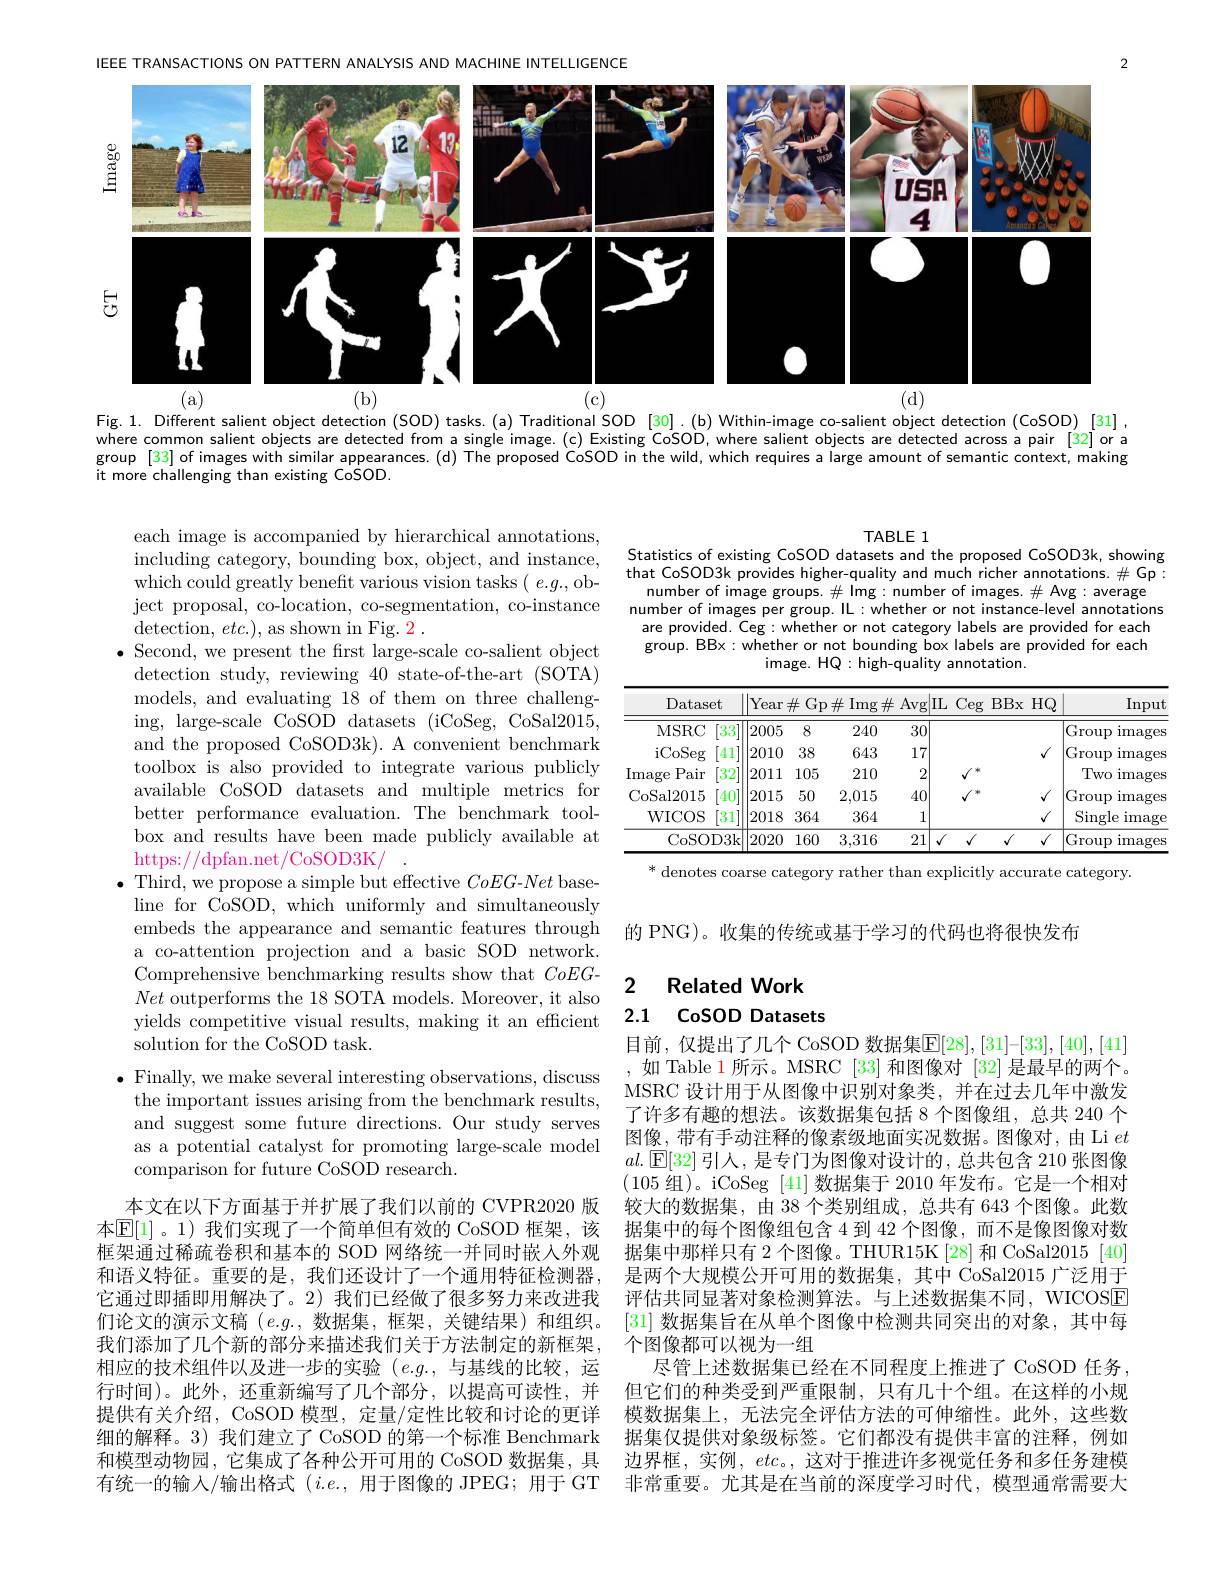
IEEE TRANSACTIONS ON PATTERN ANALYSIS AND MACHINE INTELLIGENCE
<FigureHere>
(b)
(c)
(a)

Fig. 1. Different salient object detection (SOD) tasks.(a) Traditional SOD [30].(b) Within-image co-salient object detection (CoSOD)[31], where common salient objects are detected from a single image.(c) Existing CoSOD, where salient objects are detected across a pair[32]or a group[33] of images with similar appearances.(d) The proposed CoSOD in the wild, which requires a large amount of semantic context, making it more challenging than existing CoSOD.

### TABLE 1 Statistics of existing CoSOD datasets and the proposed CoSOD3k, showing

that CoSOD3k provides higher-quality and much richer annotations. # Gp: number of image groups.$\#$Img:number of images.$\#$Avg:average number of images per group. IL: whether or not instance-level annotations are provided. Ceg: whether or not category labels are provided for each group. BBx: whether or not bounding box labels are provided for each
image. HQ: high-quality annotation.

<table>
	<tbody>
		<tr>
			<th>$\operatorname{Dataset}$</th>
			<th>Year</th>
			<th>$\underline{Gp}$ $\#$ $\frac{1}{2}=\frac{1}{2}$ $\frac{1}{2}=\frac{1}{2}$</th>
			<th>$\#$Img$\#$</th>
			<th>Avg</th>
			<th>$\underline{\mathrm{Ceg}}$</th>
			<th>BBx $HQ$</th>
			<th>$\operatorname{Input}$</th>
		</tr>
		<tr>
			<td>MSRC [33</td>
			<td>|2005</td>
			<td>8</td>
			<td>240</td>
			<td>30</td>
			<td> </td>
			<td> </td>
			<td>Group $\operatorname{images}$</td>
		</tr>
		<tr>
			<td>iCoSeg [41]</td>
			<td>2010</td>
			<td>38</td>
			<td>643</td>
			<td>17</td>
			<td> </td>
			<td>$√$</td>
			<td>$\operatorname{Group}$ $\operatorname$</td>
		</tr>
		<tr>
			<td>$\operatorname$ Pair $[32^{\cdot}]$</td>
			<td>|2011</td>
			<td>105</td>
			<td>210</td>
			<td>2</td>
			<td>1 $\mu$ </td>
			<td> </td>
			<td>Two $\operatorname{images}$</td>
		</tr>
		<tr>
			<td>CoSal2015 $\lceil40\rceil$</td>
			<td>2015</td>
			<td>50</td>
			<td>2,015</td>
			<td>40</td>
			<td>$\mu$ 11</td>
			<td>$\sqrt{1}$</td>
			<td>Group $\operatorname{images}$</td>
		</tr>
		<tr>
			<td>WICOS [31]</td>
			<td>|2018</td>
			<td>364</td>
			<td>364</td>
			<td>1</td>
			<td> </td>
			<td>$v$</td>
			<td>Single $imag\epsilon$</td>
		</tr>
		<tr>
			<td>CoSOD3k</td>
			<td>2020</td>
			<td>160</td>
			<td>3,316</td>
			<td>21</td>
			<td>$\overline{J}$</td>
			<td>$√$ $√$</td>
			<td>Group $\operatorname{images}$</td>
		</tr>
	</tbody>
</table>
* denotes coarse category rather than explicitly accurate category.

## 2 Related Work 2.1 CoSOD Datasets

each image is accompanied by hierarchical annotations, including category, bounding box, object, and instance, which could greatly benefit various vision tasks ( e.g., object proposal, co-location, co-segmentation, co-instance detection, $etc.)$, as shown in Fig. 2.
$\bullet$ Second, we present the frst large-scale co-salient object detection study, reviewing 40 state-of-the-art (SOTA) models, and evaluating 18 of them on three challenging, large-scale CoSOD datasets (iCoSeg, CoSal2015, and the proposed CoSOD3k). A convenient benchmark toolbox is also provided to integrate various publicly available CoSOD datasets and multiple metrics for better performance evaluation. The benchmark toolbox and results have been made publicly available at https://dpfan.net/CoSOD3K/
$\bullet$ Third, we propose a simple but effective CoEG-Net baseline for CoSOD, which uniformly and simultaneously embeds the appearance and semantic features through 的 PNG)。收集的传统或基于学习的代码也将很快发布
a co-attention projection and a basic SOD network. Comprehensive benchmarking results show that $CoEG-$ Net outperforms the 18 SOTA models. Moreover, it also yields competitive visual results, making it an efficient solution for the CoSOD task.
$\bullet$ Finally, we make several interesting observations, discuss the important issues arising from the benchmark results, and suggest some future directions. Our study serves as a potential catalyst for promoting large-scale model comparison for future CoSOD research.
本文在以下方面基于并扩展了我们以前的 CVPR2020 版本$\mathbb{E}[1]$。1)我们实现了一个简单但有效的 CoSOD 框架，该框架通过稀疏卷积和基本的 SOD 网络统一并同时嵌入外观和语义特征。重要的是，我们还设计了一个通用特征检测器， 它通过即插即用解决了。2)我们已经做了很多努力来改进我们论文的演示文稿$(e.g.$,数据集，框架，关键结果)和组织。我们添加了几个新的部分来描述我们关于方法制定的新框架， 相应的技术组件以及进一步的实验$(e.g.$,与基线的比较，运行时间)。此外，还重新编写了几个部分，以提高可读性，并提供有关介绍，CoSOD 模型，定量/定性比较和讨论的更详细的解释。3) 我们建立了 CoSOD 的第一个标准 Benchmark 和模型动物园，它集成了各种公开可用的 CoSOD 数据集，具有统一的输入/输出格式$(i.e.$,用于图像的 JPEG; 用于 GT

目前，仅提出了几个 CoSOD 数据集$\mathbb{E}[28],[31]–[33],[40],[41]$ ,如 Table 1所示。MSRC [33]和图像对[32] 是最早的两个。MSRC 设计用于从图像中识别对象类，并在过去几年中激发了许多有趣的想法。该数据集包括 8 个图像组，总共 240 个图像，带有手动注释的像素级地面实况数据。图像对，由 Li $et$ $al.$ $\mathbb{E} [ 32]$ 引人，是专门为图像对设计的，总共包含 210 张图像(105 组)。iCoSeg [41] 数据集于 2010 年发布。它是一个相对较大的数据集，由 38 个类别组成，总共有 643 个图像。此数据集中的每个图像组包含 4 到 42 个图像 , 而不是像图像对数据集中那样只有 2 个图像。THUR15K [28] 和 CoSal2015 [40] 是两个大规模公开可用的数据集，其中 CoSal2015 广泛用于评估共同显著对象检测算法。与上述数据集不同，WICOSE [31]数据集旨在从单个图像中检测共同突出的对象，其中每个图像都可以视为一组
尽管上述数据集已经在不同程度上推进了 CoSOD 任务， 但它们的种类受到严重限制，只有几十个组。在这样的小规模数据集上，无法完全评估方法的可伸缩性。此外，这些数据集仅提供对象级标签。它们都没有提供丰富的注释，例如边界框，实例，etc。,这对于推进许多视觉任务和多任务建模非常重要。尤其是在当前的深度学习时代，模型通常需要大